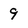
Character: 9